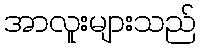
အာလူးများသည်